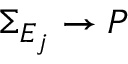
\Sigma _ { E _ { j } } \rightarrow P